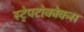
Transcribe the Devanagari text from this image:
स्ट्रेपटोकोकस